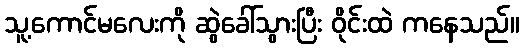
သူ့ကောင်မလေးကို ဆွဲခေါ်သွားပြီး ဝိုင်းထဲ ကနေသည်။